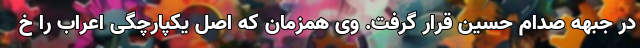
در جبهه صدام حسین قرار گرفت. وی همزمان که اصل یکپارچگی اعراب را خ